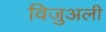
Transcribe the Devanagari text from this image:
विजुअली